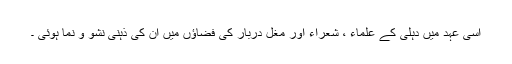
اسی عہد میں دہلی کے علماء ، شعراء اور مغل دربار کی فضاؤں میں ان کی ذہنی نشو و نما ہوئی ۔